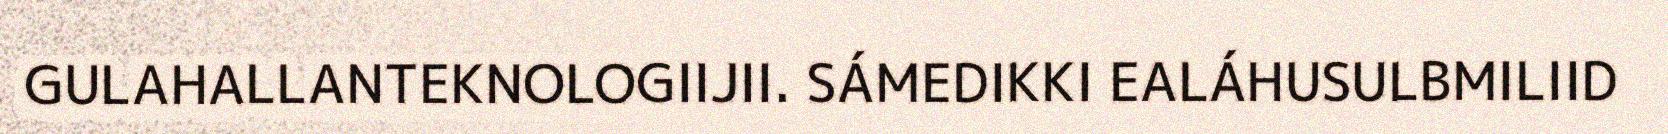
GULAHALLANTEKNOLOGIIJII. SÁMEDIKKI EALÁHUSULBMILIID